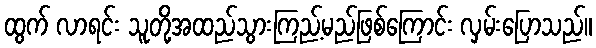
ထွက် လာရင်း သူတို့အထည်သွားကြည့်မည်ဖြစ်ကြောင်း လှမ်းပြောသည်။